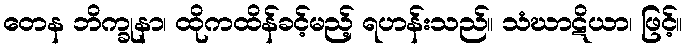
တေန ဘိက္ခုနာ၊ ထိုကထိန်ခင့်မည့် ရဟန်းသည်။ သံဃာဋိယာ၊ ဖြင့်။